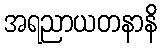
အရညာယတနာနိ